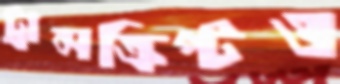
ট্রান্সক্রিপ্টও